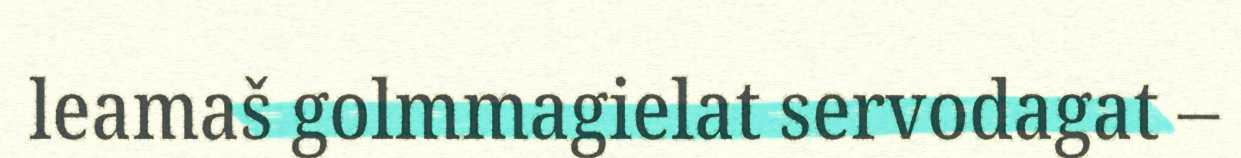
leamaš golmmagielat servodagat –